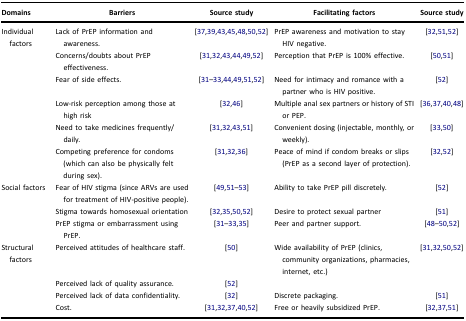
<table><thead><tr><td><b>Domains</b></td><td><b>Barriers</b></td><td><b>Source study</b></td><td><b>Facilitating factors</b></td><td><b>Source study</b></td></tr></thead><tbody><tr><td rowspan="6">Individual factors</td><td>Lack of PrEP information and awareness.</td><td>[37,39,43,45,48,50,52]</td><td>PrEP awareness and motivation to stay HIV negative.</td><td>[32,51,52]</td></tr><tr><td>Concerns/doubts about PrEP effectiveness.</td><td>[31,32,43,44,49,52]</td><td>Perception that PrEP is 100% effective.</td><td>[50,51]</td></tr><tr><td>Fear of side effects.</td><td>[31–33,44,49,51,52]</td><td>Need for intimacy and romance with a partner who is HIV positive.</td><td>[52]</td></tr><tr><td>Low-risk perception among those at high risk</td><td>[32,46]</td><td>Multiple anal sex partners or history of STI or PEP.</td><td>[36,37,40,48]</td></tr><tr><td>Need to take medicines frequently/daily.</td><td>[31,32,43,51]</td><td>Convenient dosing (injectable, monthly, or weekly).</td><td>[33,50]</td></tr><tr><td>Competing preference for condoms (which can also be physically felt during sex).</td><td>[31,32,36]</td><td>Peace of mind if condom breaks or slips (PrEP as a second layer of protection).</td><td>[32,52]</td></tr><tr><td rowspan="3">Social factors</td><td>Fear of HIV stigma (since ARVs are used for treatment of HIV-positive people).</td><td>[49,51–53]</td><td>Ability to take PrEP pill discretely.</td><td>[52]</td></tr><tr><td>Stigma towards homosexual orientation</td><td>[32,35,50,52]</td><td>Desire to protect sexual partner</td><td>[51]</td></tr><tr><td>PrEP stigma or embarrassment using PrEP.</td><td>[31–33,35]</td><td>Peer and partner support.</td><td>[48–50,52]</td></tr><tr><td rowspan="4">Structural factors</td><td>Perceived attitudes of healthcare staff.</td><td>[50]</td><td>Wide availability of PrEP (clinics, community organizations, pharmacies, internet, etc.)</td><td>[31,32,50,52]</td></tr><tr><td>Perceived lack of quality assurance.</td><td>[52]</td><td> </td><td> </td></tr><tr><td>Perceived lack of data confidentiality.</td><td>[32]</td><td>Discrete packaging.</td><td>[51]</td></tr><tr><td>Cost.</td><td>[31,32,37,40,52]</td><td>Free or heavily subsidized PrEP.</td><td>[32,37,51]</td></tr></tbody></table>